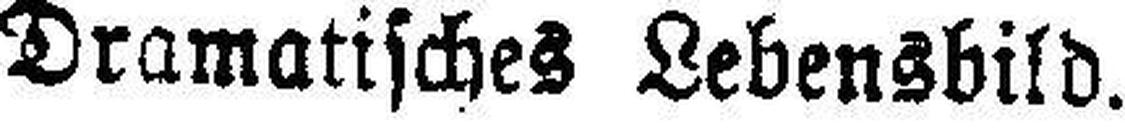
Dramatisches Lebensbild.